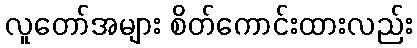
လူတော်အများ စိတ်ကောင်းထားလည်း